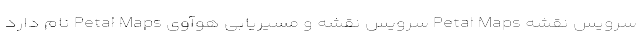
سرویس نقشه Petal Maps سرویس نقشه و مسیریابی هوآوی Petal Maps نام دارد